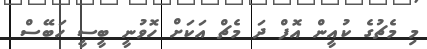
މި މެޗުގެ ކުއީން އޮފް ދަ މެޗް އަކަށް ހޮވުނީ ބީސީ ހަބޭސް